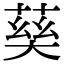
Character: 𡙛